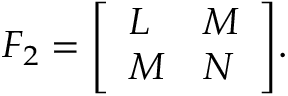
F _ { 2 } = { \left[ \begin{array} { l l } { L } & { M } \\ { M } & { N } \end{array} \right] } .